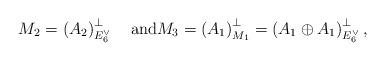
LaTeX: \begin{align*}M_2 = \left( A_2\right)^\perp_{E_6^\vee}\quad\textrm{and}M_3 = \left(A_1\right)^\perp_{M_1} = \left(A_1\oplus A_1\right)^\perp_{E_6^\vee},\end{align*}